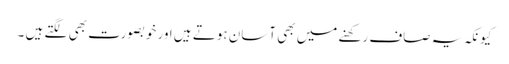
کیونکہ یہ صاف رکھنے میں بھی آسان ہوتے ہیں اور خوبصورت بھی لگتے ہیں ۔